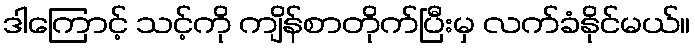
ဒါကြောင့် သင့်ကို ကျိန်စာတိုက်ပြီးမှ လက်ခံနိုင်မယ်။